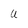
Character: u